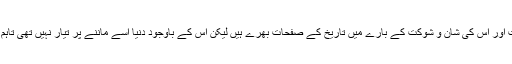
حضرت داؤد ؑ کا یہ محل تاریخی کتب میں بہت مشہور تھا‘ اس کے واقعات اور اس کی شان و شوکت کے بارے میں تاریخ کے صفحات بھرے ہیں لیکن اس کے باوجود دنیا اسے ماننے پر تیار نہیں تھی تاہم ماہرین کی اس دریافت نے آسمانی کتب اور تاریخ کو سچا ثابت کر دکھایا۔